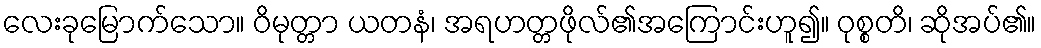
လေးခုမြောက်သော။ ဝိမုတ္တာ ယတနံ၊ အရဟတ္တဖိုလ်၏အကြောင်းဟူ၍။ ဝုစ္စတိ၊ ဆိုအပ်၏။